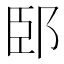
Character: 䢻